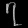
Digit: ၇